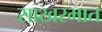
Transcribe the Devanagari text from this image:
साखरभात